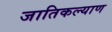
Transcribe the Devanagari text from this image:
जातिकल्याण